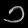
Digit: ၁